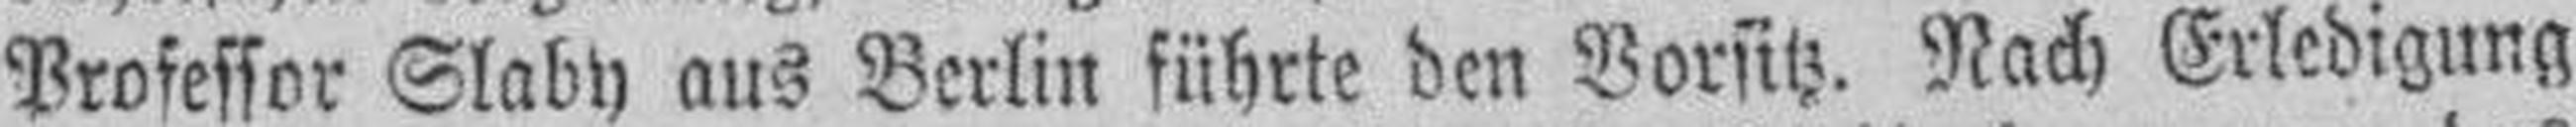
Professor Slaby aus Berlin führte den Vorsitz. Nach Erledigung